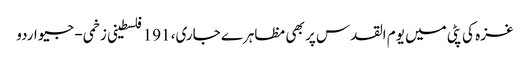
غزہ کی پٹی میں یوم القدس پر بھی مظاہرے جاری، 191 فلسطینی زخمی - جیو اردو